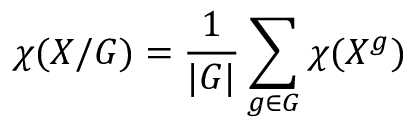
\chi ( X / G ) = \frac { 1 } { | G | } \sum _ { g \in G } \chi ( X ^ { g } )